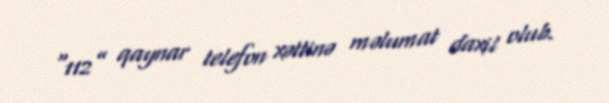
“112” qaynar telefon xəttinə məlumat daxil olub.